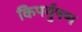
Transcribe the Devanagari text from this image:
किपर्युषण